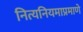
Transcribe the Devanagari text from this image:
नित्यनियमाप्रमाणे